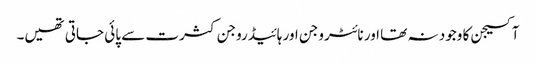
آکسیجن کا وجود نہ تھا اور نائٹروجن اور ہائیڈروجن کثرت سے پائی جاتی تھیں۔